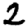
Digit: 2